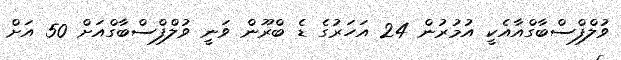
ވުލްފްސްބާގްއާއެކީ އުމުރުން 24 އަހަރުގެ ޑެ ބްރޫން ވަނީ ވުލްފްސްބާގްއަށް 50 އަށް